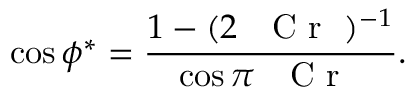
\cos { \phi ^ { * } } = \frac { 1 - ( 2 \mathrm { ~ \textit ~ { ~ C ~ r ~ } ~ } ) ^ { - 1 } } { \cos \pi \mathrm { ~ \textit ~ { ~ C ~ r ~ } ~ } } .